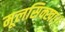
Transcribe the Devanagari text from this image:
मूलसिक्खा।